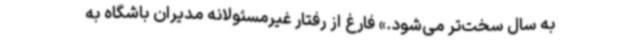
به سال سخت‌تر می‌شود.» فارغ از رفتار غیرمسئولانه مدیران باشگاه به‌